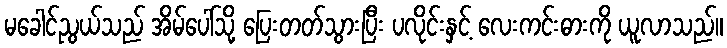
မခေါင်ညွယ်သည် အိမ်ပေါ်သို့ ပြေးတတ်သွားပြီး ပလိုင်းနှင့် လေးကင်းဓားကို ယူလာသည်။